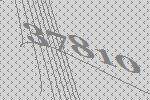
37810